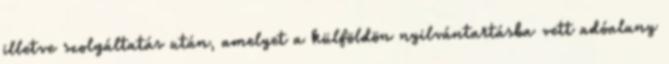
illetve szolgáltatás után, amelyet a külföldön nyilvántartásba vett adóalany